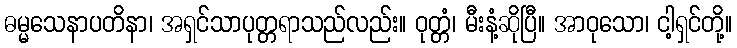
ဓမ္မသေနာပတိနာ၊ အရှင်သာပုတ္တရာသည်လည်း။ ဝုတ္တံ၊ မီးနံ့ဆိုပြီ။ အာဝုသော၊ ငါ့ရှင်တို့။